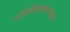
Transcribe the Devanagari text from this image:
शरिरेन्द्रियसत्वात्म्सयोगो